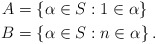
\begin{align*}A & =\left\{ \alpha\in S:1\in\alpha\right\} \\B & =\left\{ \alpha\in S:n\in\alpha\right\} .\end{align*}